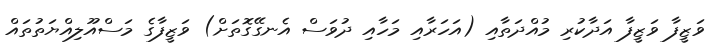
ވަޒީފާ ވަޒީފާ އަދާކުރި މުއްދަތާއި (އަހަރާއި މަހާއި ދުވަސް އެނގޭގޮތަށް) ވަޒީފާގެ މަސްއޫލިއްޔަތުތައް